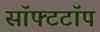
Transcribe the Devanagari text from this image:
सॉफ्टटॉप